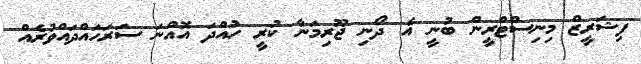
ފިޝަރީޒް މިނިސްޓްރީން ބުނީ އެ ދޯނި ޖޫރިމަނާ ކުރީ ހުއްދަ އޮއްނަ ސަރަހައްދައްވުރެއް